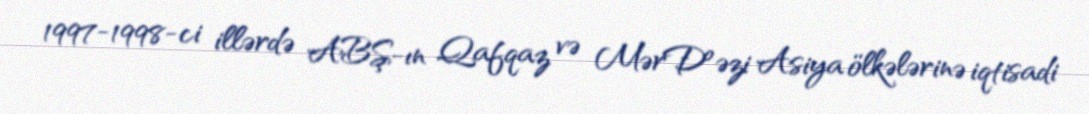
1997-1998-ci illərdə ABŞ-ın Qafqaz və MərÐºəzi Asiya ölkələrinə iqtisadi